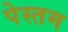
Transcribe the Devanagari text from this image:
पेस्तम